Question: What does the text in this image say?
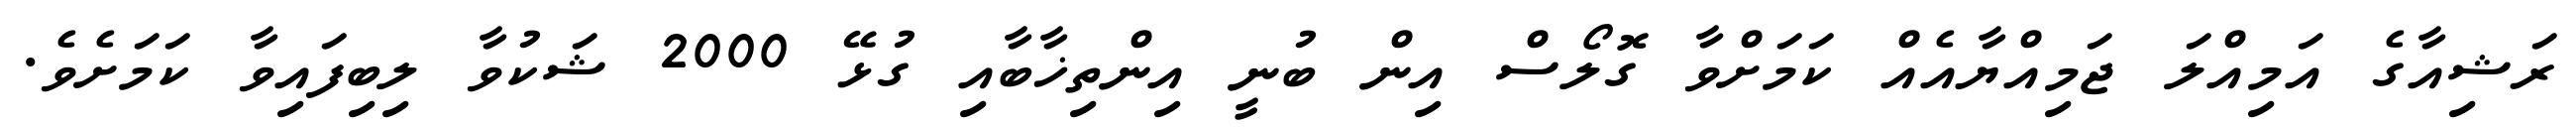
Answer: ރަޝިއާގެ އަމިއްލަ ޖަމިއްޔާއެއް ކަމަށްވާ ގޮލޯސް އިން ބުނީ އިންތިޚާބާއި ގުޅޭ 2000 ޝަކުވާ ލިބިފައިވާ ކަމަށެވެ.